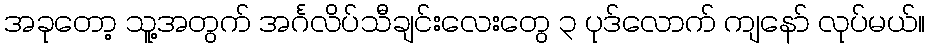
အခုတော့ သူ့အတွက် အင်္ဂလိပ်သီချင်းလေးတွေ ၃ ပုဒ်လောက် ကျနော် လုပ်မယ်။